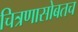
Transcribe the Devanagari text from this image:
चित्रणासोबतच